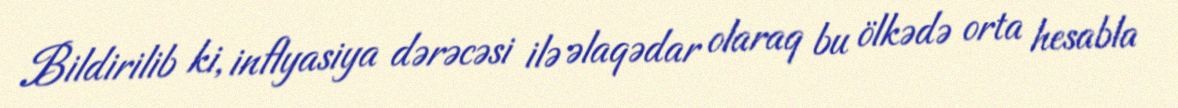
Bildirilib ki, inflyasiya dərəcəsi ilə əlaqədar olaraq bu ölkədə orta hesabla